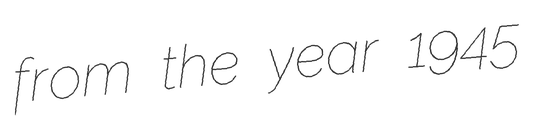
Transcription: from the year 1945